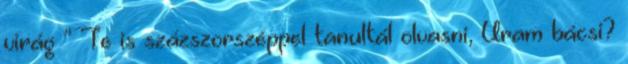
virág ” Te is százszorszéppel tanultál olvasni, Uram bácsi?